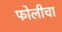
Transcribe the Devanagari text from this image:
फोलीचा